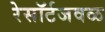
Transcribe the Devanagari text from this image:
रेसॉर्टजवळ